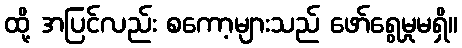
ထို့ အပြင်လည်း စကော့များသည် ဖော်ရွေမှုမရှိ။